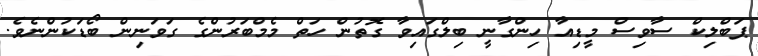
ޕަބްލިކް ސާވިސް މީޑިއާާ ހިންގާނީ ބިލްގައިވާ ގޮތުން ހަތް މެމްބަރުންގެ ގަވަނިން ބޯޑަކުންނެވެ.